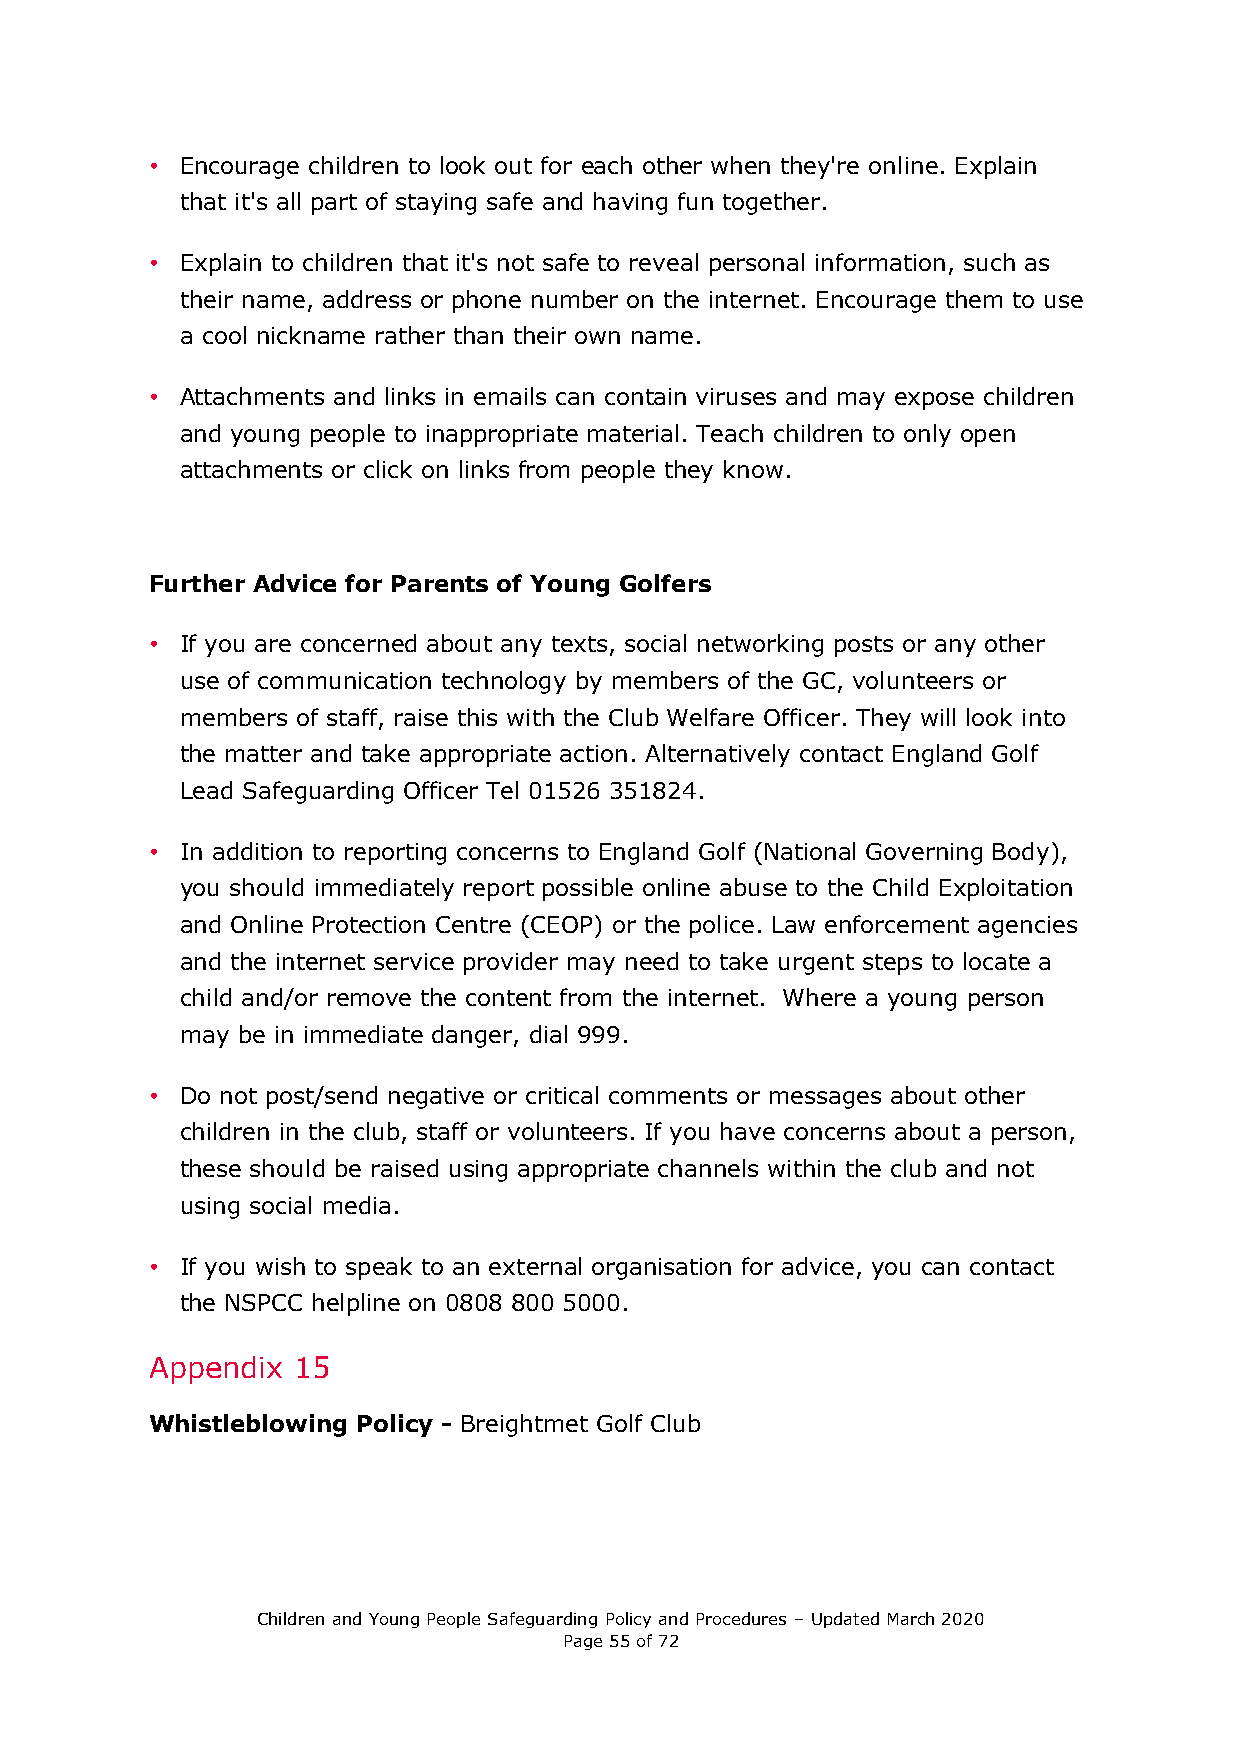
• Encourage children to look out for each other when they're online. Explain
 that it's all part of staying safe and having fun together.
 • Explain to children that it's not safe to reveal personal information, such as
 their name, address or phone number on the internet. Encourage them to use
 a cool nickname rather than their own name.
 • Attachments and links in emails can contain viruses and may expose children
 and young people to inappropriate material. Teach children to only open
 attachments or click on links from people they know.
 Further Advice for Parents of Young Golfers
 • If you are concerned about any texts, social networking posts or any other
 use of communication technology by members of the GC, volunteers or
 members of staff, raise this with the Club Welfare Officer. They will look into
 the matter and take appropriate action. Alternatively contact England Golf
 Lead Safeguarding Officer Tel 01526 351824.
 • In addition to reporting concerns to England Golf (National Governing Body),
 you should immediately report possible online abuse to the Child Exploitation
 and Online Protection Centre (CEOP) or the police. Law enforcement agencies
 and the internet service provider may need to take urgent steps to locate a
 child and/or remove the content from the internet. Where a young person
 may be in immediate danger, dial 999.
 • Do not post/send negative or critical comments or messages about other
 children in the club, staff or volunteers. If you have concerns about a person,
 these should be raised using appropriate channels within the club and not
 using social media.
 • If you wish to speak to an external organisation for advice, you can contact
 the NSPCC helpline on 0808 800 5000.
 Appendix 15
 Whistleblowing Policy - Breightmet Golf Club
 Children and Young People Safeguarding Policy and Procedures – Updated March 2020
 Page 55 of 72